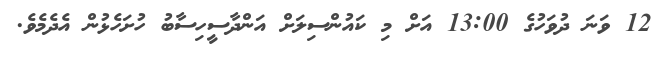
12 ވަނަ ދުވަހުގެ 13:00 އަށް މި ކައުންސިލަށް އަންދާސީހިސާބު ހުށަހެޅުން އެދެމެވެ.